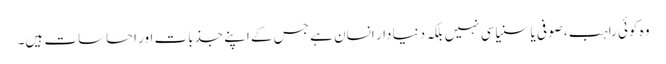
وہ کوئی راہب، صوفی یا سنیاسی نہیں بلکہ دنیا دار انسان ہے جس کے اپنے جذبات اور احساسات ہیں۔